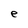
Character: e